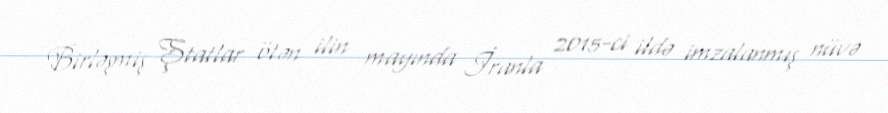
Birləşmiş Ştatlar ötən ilin mayında İranla 2015-ci ildə imzalanmış nüvə